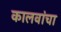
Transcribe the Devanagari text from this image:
कालवांचा